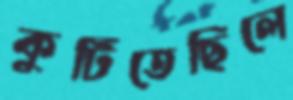
কুটিতেছিলে